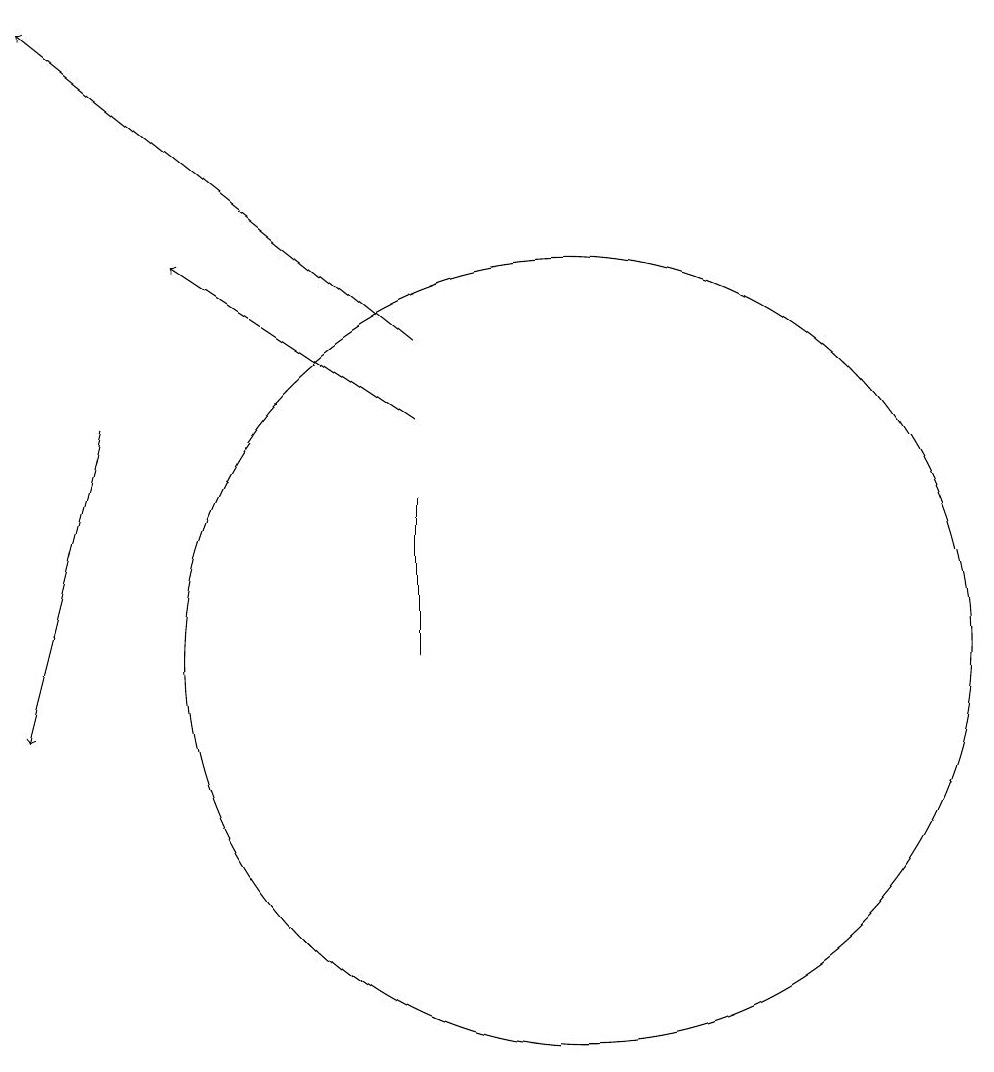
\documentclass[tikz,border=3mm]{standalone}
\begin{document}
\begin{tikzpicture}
\draw (10,11) circle (5);
\draw (8,13) rectangle (8,11);
\draw[->] (8,14) -- (5,16);
\draw[->] (4,14) -- (3,10);
\draw[->] (8,15) -- (3,19);
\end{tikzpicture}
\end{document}